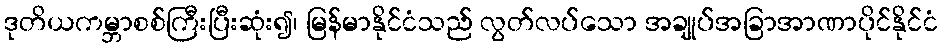
ဒုတိယကမ္ဘာစစ်ကြီးပြီးဆုံး၍၊ မြန်မာနိုင်ငံသည် လွတ်လပ်သော အချုပ်အခြာအာဏာပိုင်နိုင်ငံ